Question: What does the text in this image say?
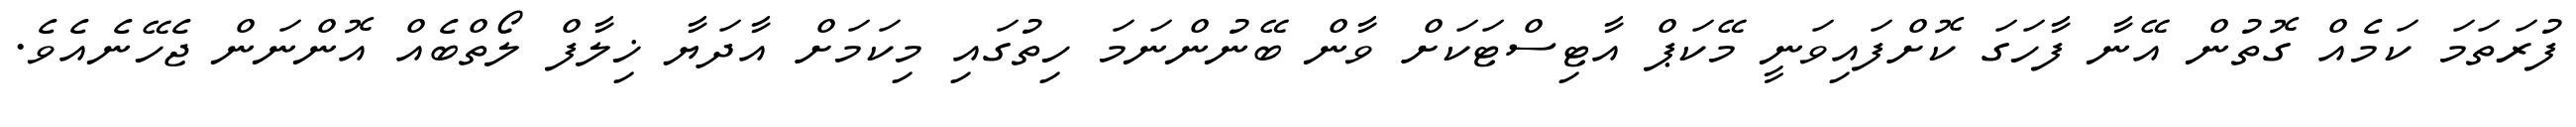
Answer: ފުރަތަމަ ކަމެއް ގޮތުން އޭނާ ފާހަގަ ކޮށްފައިވަނީ މޭކަޕް އާޓިސްޓަކަށް ވާން ބޭނުންނަމަ ހިތުގައި މިކަމަށް އާދަޔާ ޚިލާފް ލޯތްބެއް އޮންނަން ޖެހޭނެއެވެ.